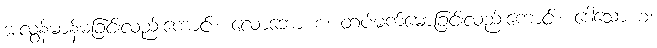
အလွန်မာန်မခြင်းလည်းကောင်း။ လောဘော စ၊ တပ်မက်မောခြင်းလည်းကောင်း။ ဒေါသော စ၊